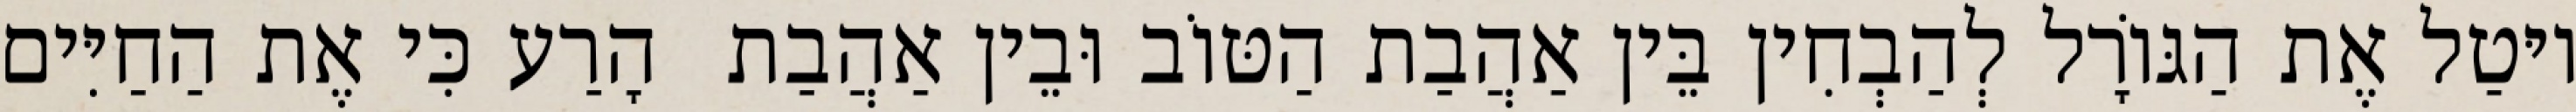
יוּטַל אֶת הַגּוֹרָל לְהַבְחִין בֵּין אַהֲבַת הַטּוֹב וּבֵין אַהֲבַת  הָרַע כִּי אֶת הַחַיִּים